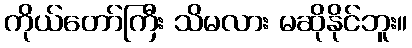
ကိုယ်တော်ကြီး သိမလား မဆိုနိုင်ဘူး။